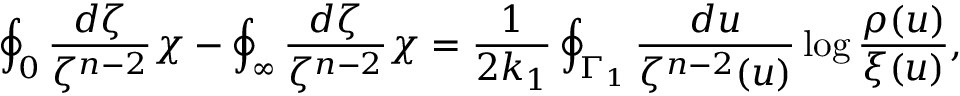
\oint _ { 0 } \frac { d \zeta } { \zeta ^ { n - 2 } } \chi - \oint _ { \infty } \frac { d \zeta } { \zeta ^ { n - 2 } } \chi = \frac { 1 } { 2 k _ { 1 } } \oint _ { \Gamma _ { 1 } } \frac { d u } { \zeta ^ { n - 2 } ( u ) } \log \frac { \rho ( u ) } { \xi ( u ) } ,